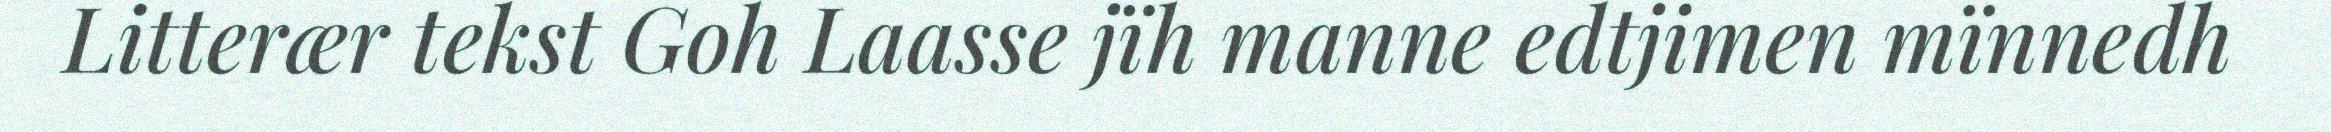
Litterær tekst Goh Laasse jïh manne edtjimen mïnnedh